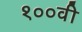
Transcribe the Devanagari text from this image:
१००वी